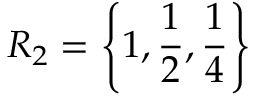
R _ { 2 } = \left\{ 1 , \frac { 1 } { 2 } , \frac { 1 } { 4 } \right\}